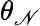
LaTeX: \theta_{\mathscr{N}}